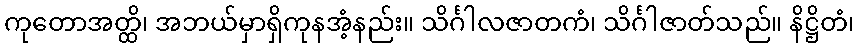
ကုတောအတ္ထိ၊ အဘယ်မှာရှိကုနအံ့နည်း။ သိင်္ဂါလဇာတကံ၊ သိင်္ဂါဇာတ်သည်။ နိဋ္ဌိတံ၊